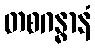
တစဂန္ဓာနံ